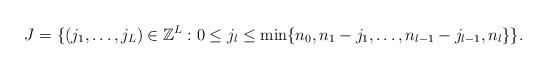
LaTeX: \begin{align*} J = \{(j_1,\dots,j_L) \in \mathbb{Z}^L : 0 \leq j_l \leq \min\{n_0, n_1-j_1, \dots, n_{l-1}-j_{l-1}, n_l\}\}.\end{align*}